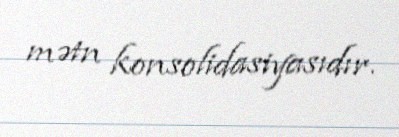
mətn konsolidasiyasıdır.